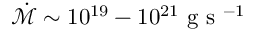
\dot { \mathcal { M } } \sim 1 0 ^ { 1 9 } - 1 0 ^ { 2 1 } \mathrm { ~ g ~ s ~ } ^ { - 1 }